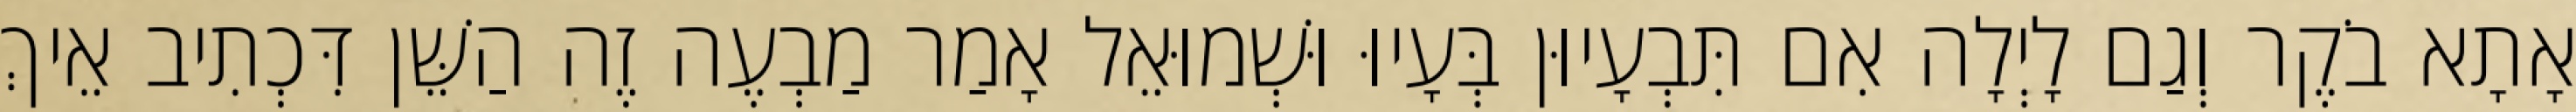
אָתָא בֹקֶר וְגַם לָיְלָה אִם תִּבְעָיוּן בְּעָיוּ וּשְׁמוּאֵל אָמַר מַבְעֶה זֶה הַשֵּׁן דִּכְתִיב אֵיךְ